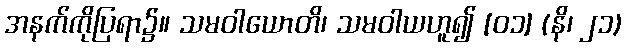
အနက်ကိုပြရာ၌။ သမဝါယောတိ၊ သမဝါယဟူ၍ [၀၁] (နိ၊ ၂၁)